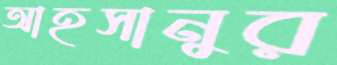
আহসানুর